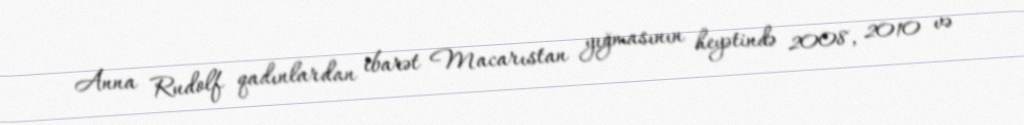
Anna Rudolf qadınlardan ibarət Macarıstan yığmasının heyətində 2008, 2010 və